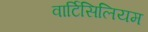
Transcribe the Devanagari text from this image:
वार्टिसिलियम